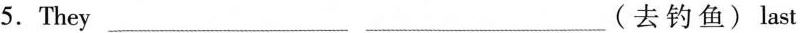
5.They___ ___ ___(去钓鱼)last